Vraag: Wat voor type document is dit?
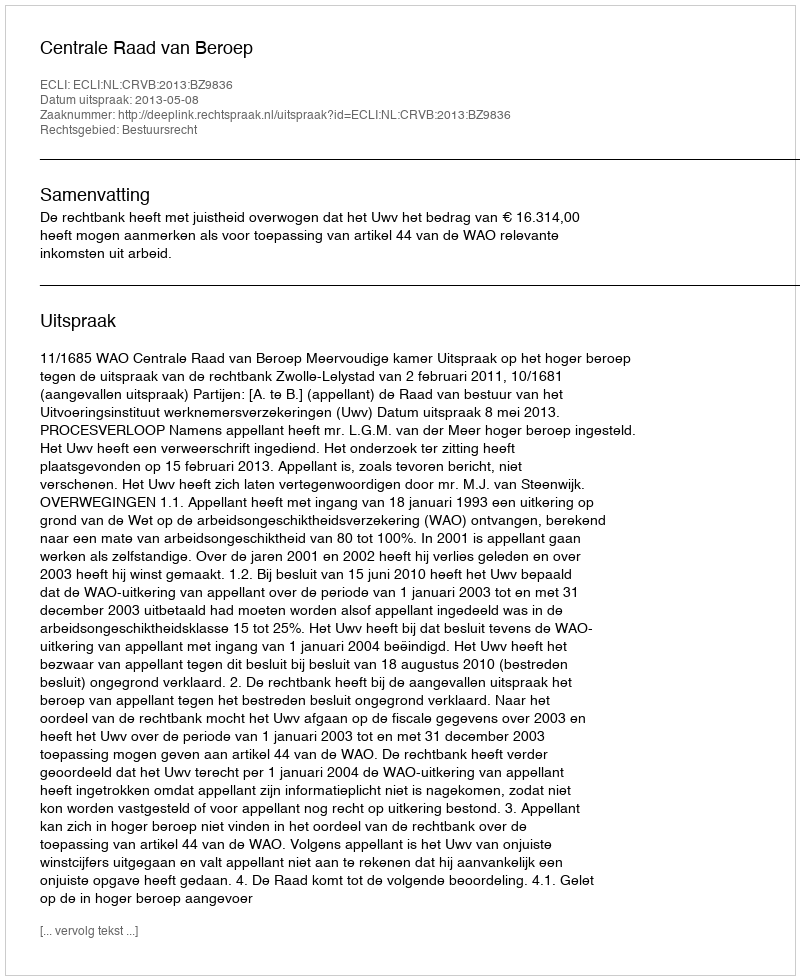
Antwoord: Uitspraak